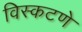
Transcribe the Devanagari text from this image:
विस्कटणे